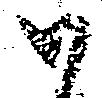
以